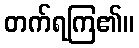
တက်ရကြ၏။